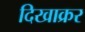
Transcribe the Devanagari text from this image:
दिखाक्रर